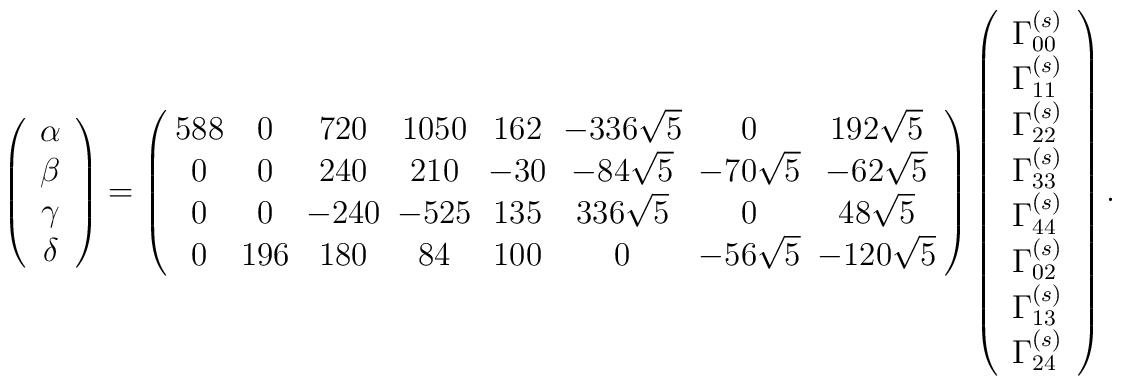
\left( \begin{array}{c} \alpha \\ \beta \\ \gamma \\ \delta \end{array}\right) = \left( \begin{array}{cccccccc} \!588\!&0&720&\!1050\!&\!162\!&\!-336\sqrt{5}\!&0&192\sqrt{5}\\ 0&0&240&210&\!-30\!&-84\sqrt{5}&\!-70\sqrt{5}\!&-62\sqrt{5}\\ 0&0&\!-240\!&\!-525\!&\!135\!&336\sqrt{5}&0&48\sqrt{5}\\ 0&\!196\!&180&84&\!100\!&0&\!-56\sqrt{5}\!&\!-120\sqrt{5}\!\end{array} \right) \left( \begin{array}{c} \Gamma^{(s)}_{00} \\\Gamma^{(s)}_{11} \\ \Gamma^{(s)}_{22} \\ \Gamma^{(s)}_{33} \\\Gamma^{(s)}_{44} \\ \Gamma^{(s)}_{02} \\ \Gamma^{(s)}_{13} \\\Gamma^{(s)}_{24} \end{array} \right).